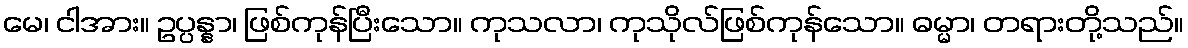
မေ၊ ငါအား။ ဥပ္ပန္နာ၊ ဖြစ်ကုန်ပြီးသော။ ကုသလာ၊ ကုသိုလ်ဖြစ်ကုန်သော။ ဓမ္မာ၊ တရားတို့သည်။